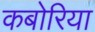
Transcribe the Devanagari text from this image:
कबोरिया